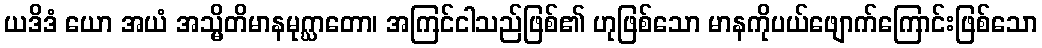
ယဒိဒံ ယော အယံ အသ္မိတိမာနမုဂ္ဃာတော၊ အကြင်ငါသည်ဖြစ်၏ ဟုဖြစ်သော မာနကိုပယ်ဖျောက်ကြောင်းဖြစ်သော